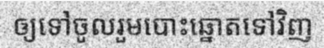
ឲ្យទៅចូលរួមបោះឆ្នោតទៅវិញ